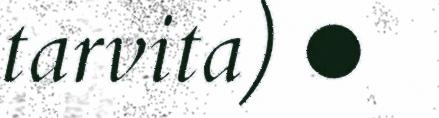
tarvita) ●